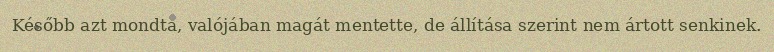
Később azt mondta, valójában magát mentette, de állítása szerint nem ártott senkinek.